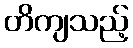
တိကျသည့်